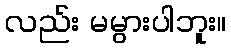
လည်း မမွားပါဘူး။